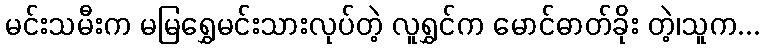
မင်းသမီးက မမြရွှေမင်းသားလုပ်တဲ့ လူရွှင်က မောင်ဓာတ်ခိုး တဲ့၊သူက...